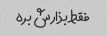
فقط بذارش بره